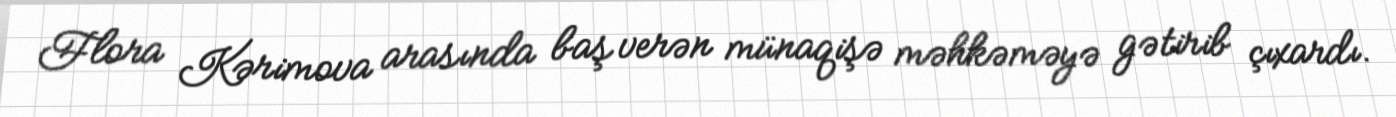
Flora Kərimova arasında baş verən münaqişə məhkəməyə gətirib çıxardı.